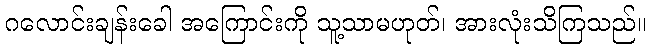
ဂလောင်းချန်းခေါ အကြောင်းကို သူ့သာမဟုတ်၊ အားလုံးသိကြသည်။